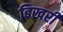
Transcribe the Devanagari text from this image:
बिखरीं